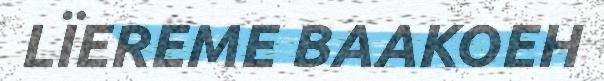
LÏEREME BAAKOEH